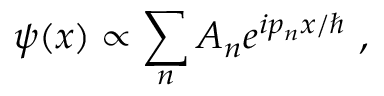
\psi ( x ) \propto \sum _ { n } A _ { n } e ^ { i p _ { n } x / \hbar } ~ ,